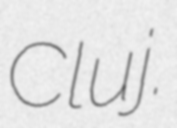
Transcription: Cluj.